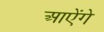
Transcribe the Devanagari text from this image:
आऐंगे